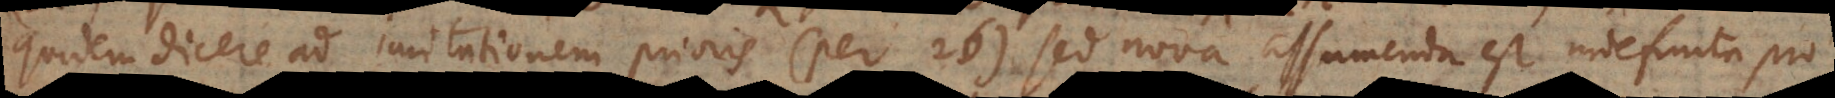
quidem dicere ad imitationem prioris (per 26) sed nova assumenda est indefinita pro